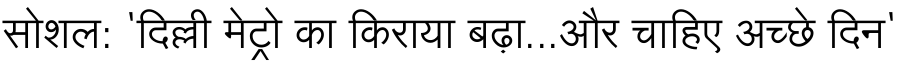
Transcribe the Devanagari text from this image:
सोशल: 'दिल्ली मेट्रो का किराया बढ़ा...और चाहिए अच्छे दिन'